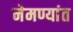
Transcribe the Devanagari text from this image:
नेमण्यांत